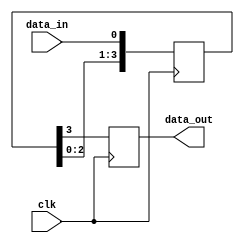
module four_flop_synchronizer (
    input wire clk,          // Clock signal
    input wire data_in,      // Incoming data signal
    output reg data_out      // Synchronized data signal
);

reg [3:0] sync_data;

always @(posedge clk) begin
    sync_data <= {sync_data[2:0], data_in};
    data_out <= sync_data[3];
end

endmodule